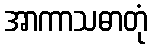
အာကာသဓာတုံ